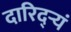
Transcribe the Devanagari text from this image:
दारिद्ऱ्यं